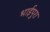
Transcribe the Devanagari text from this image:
भाईपुरा